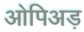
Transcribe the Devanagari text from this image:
ओपिअड़